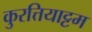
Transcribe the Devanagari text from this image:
कुरत्तियाट्टम